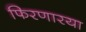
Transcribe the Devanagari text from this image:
फिरणारया